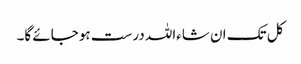
کل تک ان شاءاللہ درست ہو جائے گا۔